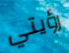
رؤيتي